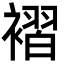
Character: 褶